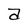
Character: a